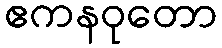
ဧကနဝုတော